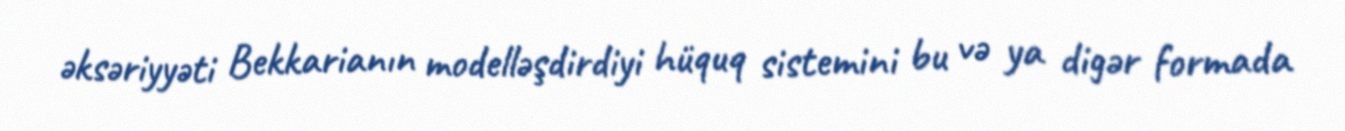
əksəriyyəti Bekkarianın modelləşdirdiyi hüquq sistemini bu və ya digər formada